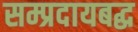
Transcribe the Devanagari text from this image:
सम्प्रदायबद्ध